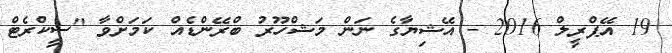
19 އޭޕްރީލް 2016 - އޭޝިޔާގެ ނަން މަޝްހޫރު ބްރޭންޑެއް ކަމަށްވާ "ސީކްރެޓް